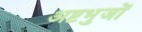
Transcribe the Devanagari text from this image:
अष्टभुजों